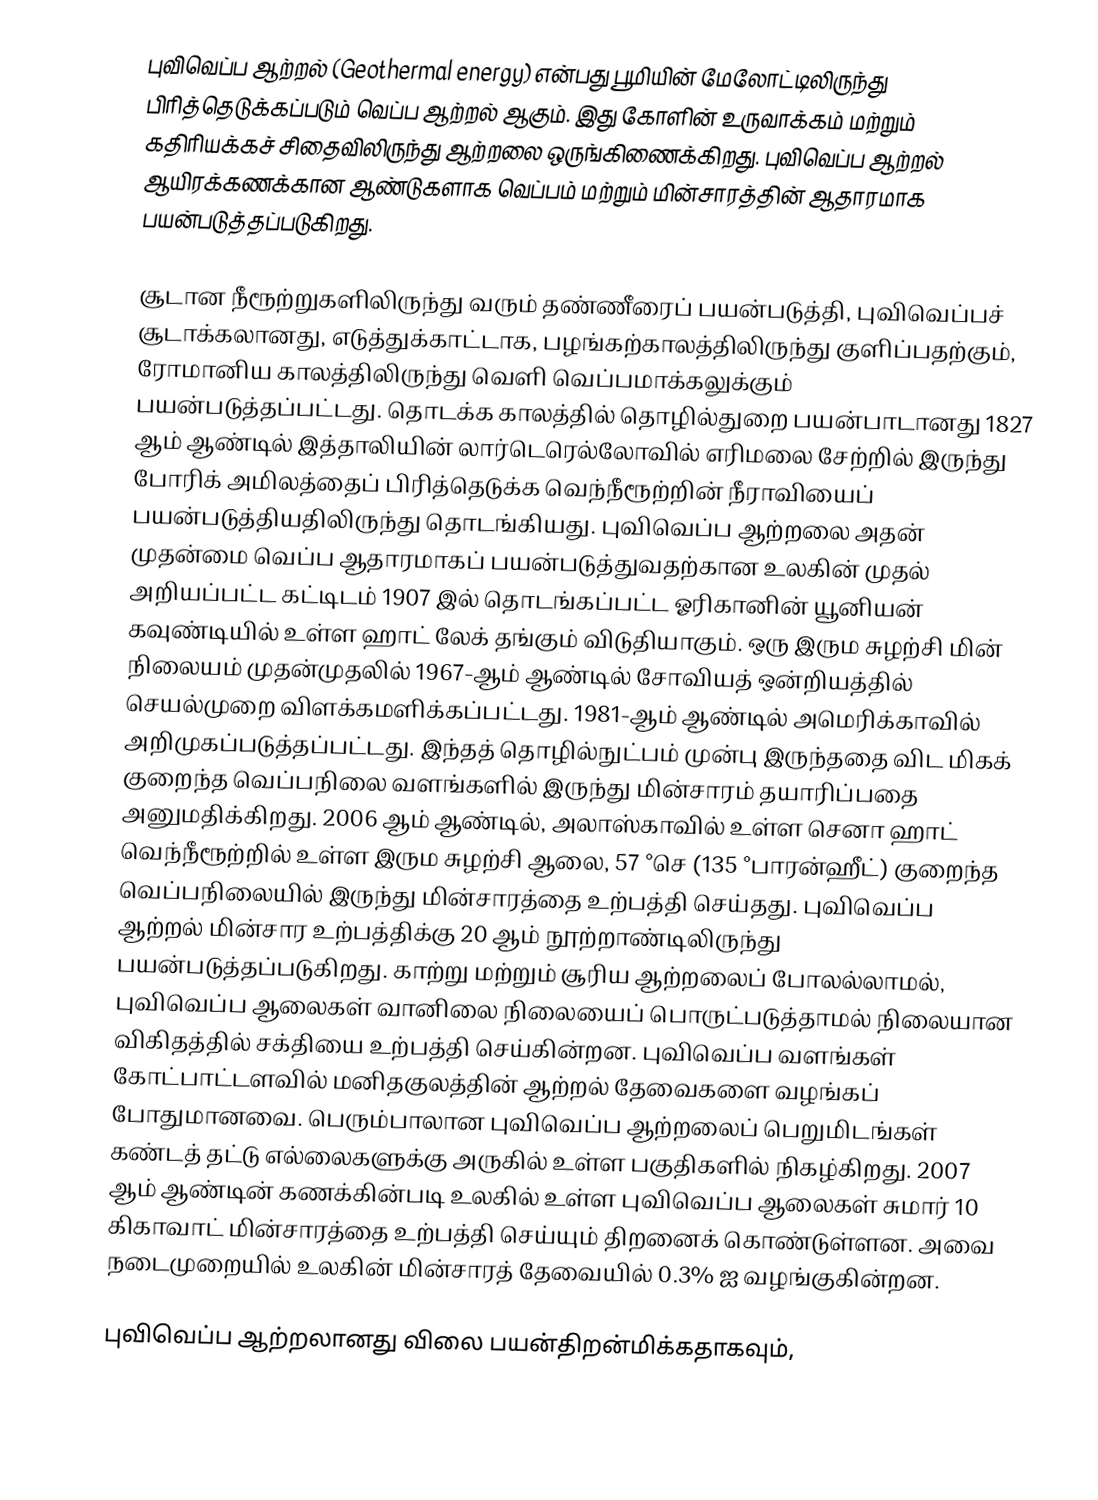
புவிவெப்ப ஆற்றல் (Geothermal energy) என்பது பூமியின் மேலோட்டிலிருந்து பிரித்தெடுக்கப்படும் வெப்ப ஆற்றல் ஆகும். இது கோளின் உருவாக்கம் மற்றும் கதிரியக்கச் சிதைவிலிருந்து ஆற்றலை ஒருங்கிணைக்கிறது. புவிவெப்ப ஆற்றல் ஆயிரக்கணக்கான ஆண்டுகளாக வெப்பம் மற்றும் மின்சாரத்தின் ஆதாரமாக பயன்படுத்தப்படுகிறது.

சூடான நீரூற்றுகளிலிருந்து வரும் தண்ணீரைப் பயன்படுத்தி, புவிவெப்பச் சூடாக்கலானது, எடுத்துக்காட்டாக, பழங்கற்காலத்திலிருந்து குளிப்பதற்கும், ரோமானிய காலத்திலிருந்து வெளி வெப்பமாக்கலுக்கும் பயன்படுத்தப்பட்டது. தொடக்க காலத்தில் தொழில்துறை பயன்பாடானது 1827 ஆம் ஆண்டில் இத்தாலியின் லார்டெரெல்லோவில் எரிமலை சேற்றில் இருந்து போரிக் அமிலத்தைப் பிரித்தெடுக்க வெந்நீரூற்றின் நீராவியைப் பயன்படுத்தியதிலிருந்து தொடங்கியது. புவிவெப்ப ஆற்றலை அதன் முதன்மை வெப்ப ஆதாரமாகப் பயன்படுத்துவதற்கான உலகின் முதல் அறியப்பட்ட கட்டிடம் 1907 இல் தொடங்கப்பட்ட ஓரிகானின் யூனியன் கவுண்டியில் உள்ள ஹாட் லேக் தங்கும் விடுதியாகும். ஒரு இரும சுழற்சி மின் நிலையம் முதன்முதலில் 1967-ஆம் ஆண்டில் சோவியத் ஒன்றியத்தில் செயல்முறை விளக்கமளிக்கப்பட்டது. 1981-ஆம் ஆண்டில் அமெரிக்காவில் அறிமுகப்படுத்தப்பட்டது. இந்தத் தொழில்நுட்பம் முன்பு இருந்ததை விட மிகக் குறைந்த வெப்பநிலை வளங்களில் இருந்து மின்சாரம் தயாரிப்பதை அனுமதிக்கிறது. 2006 ஆம் ஆண்டில், அலாஸ்காவில் உள்ள செனா ஹாட் வெந்நீரூற்றில் உள்ள இரும சுழற்சி ஆலை, 57 °செ (135 °பாரன்ஹீட்) குறைந்த வெப்பநிலையில் இருந்து மின்சாரத்தை உற்பத்தி செய்தது. புவிவெப்ப ஆற்றல் மின்சார உற்பத்திக்கு 20 ஆம் நூற்றாண்டிலிருந்து பயன்படுத்தப்படுகிறது. காற்று மற்றும் சூரிய ஆற்றலைப் போலல்லாமல், புவிவெப்ப ஆலைகள் வானிலை நிலையைப் பொருட்படுத்தாமல் நிலையான விகிதத்தில் சக்தியை உற்பத்தி செய்கின்றன. புவிவெப்ப வளங்கள் கோட்பாட்டளவில் மனிதகுலத்தின் ஆற்றல் தேவைகளை வழங்கப் போதுமானவை. பெரும்பாலான புவிவெப்ப ஆற்றலைப் பெறுமிடங்கள் கண்டத் தட்டு எல்லைகளுக்கு அருகில் உள்ள பகுதிகளில் நிகழ்கிறது.  2007 ஆம் ஆண்டின் கணக்கின்படி உலகில் உள்ள புவிவெப்ப ஆலைகள் சுமார் 10 கிகாவாட் மின்சாரத்தை உற்பத்தி செய்யும் திறனைக் கொண்டுள்ளன. அவை நடைமுறையில் உலகின் மின்சாரத் தேவையில் 0.3% ஐ வழங்குகின்றன.

புவிவெப்ப ஆற்றலானது விலை பயன்திறன்மிக்கதாகவும்,